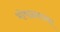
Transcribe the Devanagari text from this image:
भोपळ्याच्या